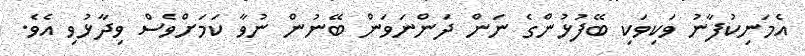
އެމަނިކުފާނު ވަކިވަކި ބޭފުޅުންގެ ނަން ދަންނަވަން ބޭނުން ނުވާ ކަމަށްވެސް ވިދާޅުވި އެވެ.